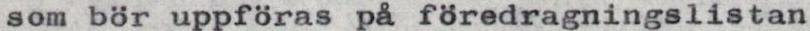
som bör uppföras på föredragningslistan